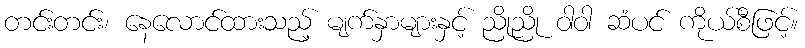
တင်းတင်း၊ နေလောင်ထားသည့် မျက်နှာများနှင့် ညိုညို ဝါဝါ ဆံပင် ကိုယ်စီဖြင့်။